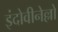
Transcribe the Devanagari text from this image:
इंदोवीनेल्लो